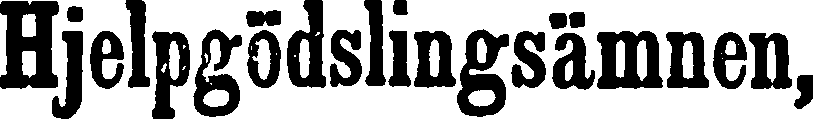
Hjelpgödslingsämnen,